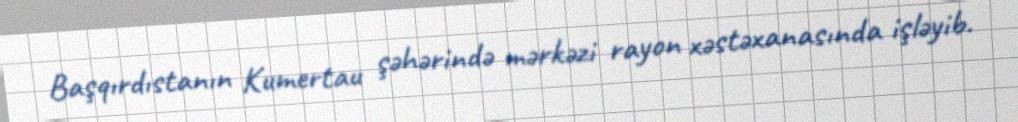
Başqırdıstanın Kumertau şəhərində mərkəzi rayon xəstəxanasında işləyib.